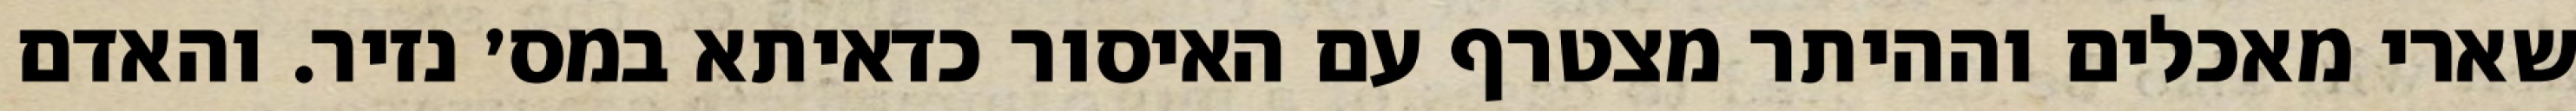
שארי מאכלים וההיתר מצטרף עם האיסור כדאיתא במס׳ נזיר. והאדם